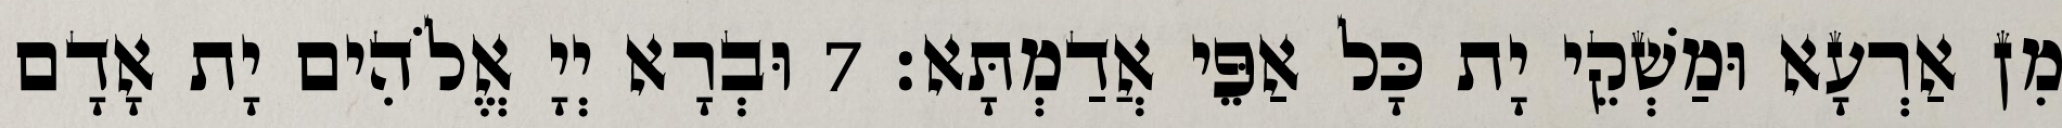
מִן אַרְעָא וּמַשְׁקֵי יָת כָּל אַפֵּי אֲדַמְתָּא׃ 7 וּבְרָא יְיָ אֱלֹהִים יָת אָדָם